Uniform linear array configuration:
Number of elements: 64
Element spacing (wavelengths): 1
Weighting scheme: hann
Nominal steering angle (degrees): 15
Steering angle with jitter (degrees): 15.629
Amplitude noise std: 0.05
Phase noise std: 0.05

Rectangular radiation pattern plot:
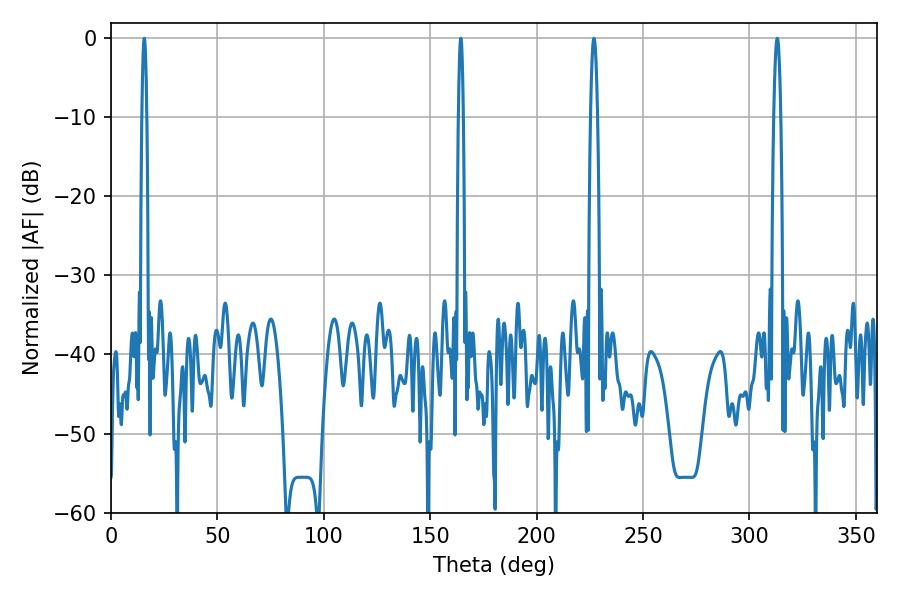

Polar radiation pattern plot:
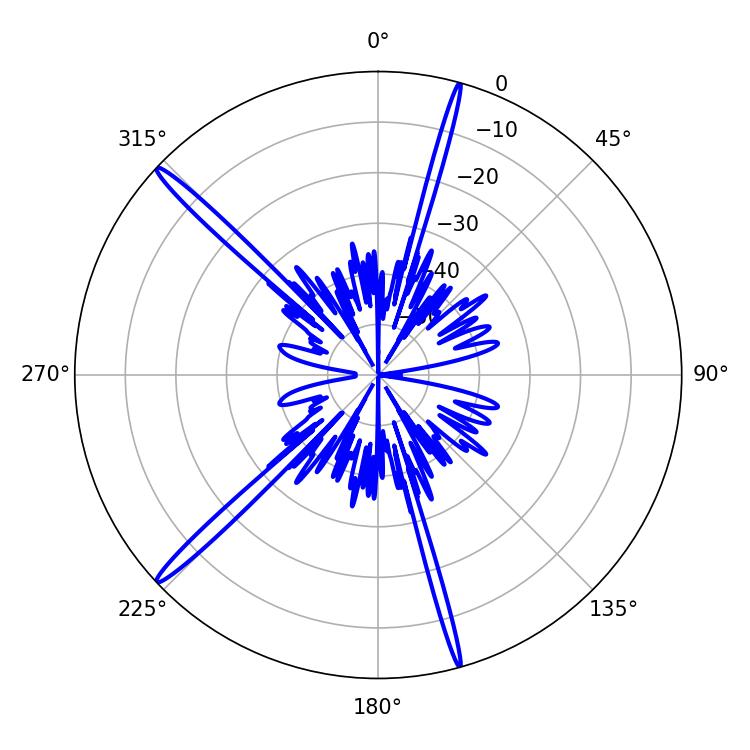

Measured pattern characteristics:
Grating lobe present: TRUE
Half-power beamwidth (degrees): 1.08
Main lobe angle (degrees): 164.34